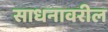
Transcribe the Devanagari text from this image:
साधनावरील